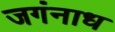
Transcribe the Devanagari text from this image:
जगंनाध